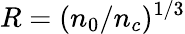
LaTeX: R=(n_{0}/n_{c})^{1/3}